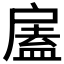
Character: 𢩘